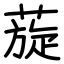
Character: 蔙